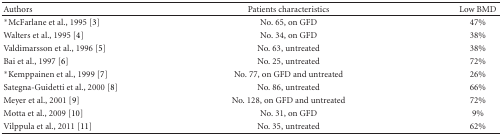
| Authors | Patients characteristics | Low BMD |
 | --- | --- | --- |
 | *McFarlane et al., 1995 [3] | No. 65, on GFD | 47% |
 | Walters et al., 1995 [4] | No. 34, on GFD | 38% |
 | Valdimarsson et al., 1996 [5] | No. 63, untreated | 38% |
 | Bai et al., 1997 [6] | No. 25, untreated | 72% |
 | *Kemppainen et al., 1999 [7] | No. 77, on GFD and untreated | 26% |
 | Sategna-Guidetti et al., 2000 [8] | No. 86, untreated | 66% |
 | Meyer et al., 2001 [9] | No. 128, on GFD and untreated | 72% |
 | Motta et al., 2009 [10] | No. 31, on GFD | 9% |
 | Vilppula et al., 2011 [11] | No. 35, untreated | 62% |